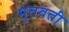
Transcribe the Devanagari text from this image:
मृतवती